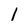
Character: 1